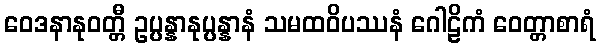
ဝေဒနာနုဝတ္တီ ဥပ္ပန္နာနုပ္ပန္နာနံ သမထဝိပဿနံ ဂေါဠိကံ ဝေတ္တာစာရံ